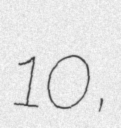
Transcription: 10,